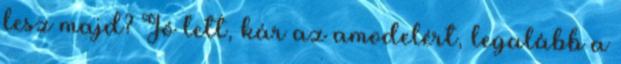
lesz majd? Jó lett, kár az amodelért, legalább a